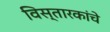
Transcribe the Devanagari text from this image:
विस्तारकांचे